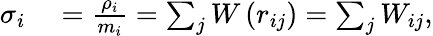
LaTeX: \begin{array}{rl}{\sigma_{i}}&{{}=\frac{\rho_{i}}{m_{i}}=\sum_{j}W\left(r_{ij}\right)=\sum_{j}W_{ij},}\end{array}